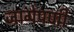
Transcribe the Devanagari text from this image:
जागेपणी